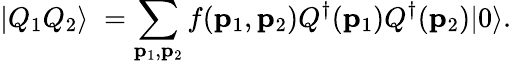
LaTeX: |Q_{1}Q_{2}\rangle\; =\sum_{{\mathbf p_{1}},{\mathbf p_{2}}}f({\mathbf p_{1}},{\mathbf p_{2}})Q^{\dagger}({\mathbf p_{1}})Q^{\dagger}({\mathbf p_{2}})|0\rangle.